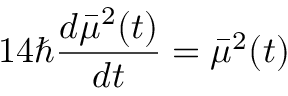
1 4 \hbar \frac { d \bar { \mu } ^ { 2 } ( t ) } { d t } = \bar { \mu } ^ { 2 } ( t )